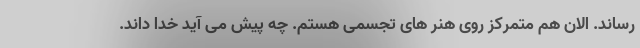
رساند. الان هم متمرکز روی هنر های تجسمی هستم. چه پیش می آید خدا داند.